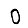
Digit: 0